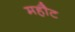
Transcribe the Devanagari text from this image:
महौट